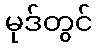
မုဒ်တွင်